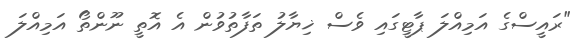
"ރައީސްގެ އަމިއްލަ ޕާޓީގައި ވެސް ޚިޔާލު ތަފާތުވުން އެ އޮތީ ނޫންތޯ އަމިއްލަ